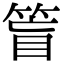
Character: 䈍